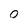
Character: 0